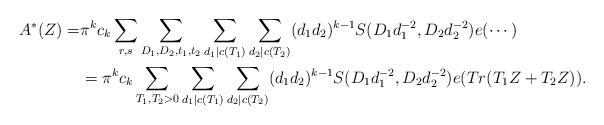
LaTeX: \begin{align*} A^*(Z)=& \pi^k c_k \sum_{r,s}\sum_{D_1,D_2,t_1,t_2}\sum_{d_1|c(T_1)}\sum_{d_2|c(T_2)}(d_1d_2)^{k-1}S(D_1d_1^{-2},D_2d_2^{-2})e(\cdots)\\ &=\pi^k c_k \sum_{T_1,T_2>0}\sum_{d_1|c(T_1)}\sum_{d_2|c(T_2)}(d_1d_2)^{k-1} S(D_1d_1^{-2},D_2d_2^{-2}) e(Tr(T_1Z+T_2Z)).\end{align*}